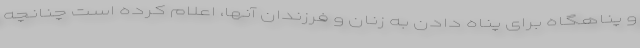
و پناهگاه برای پناه دادن به زنان و فرزندان آنها، اعلام کرده است چنانچه